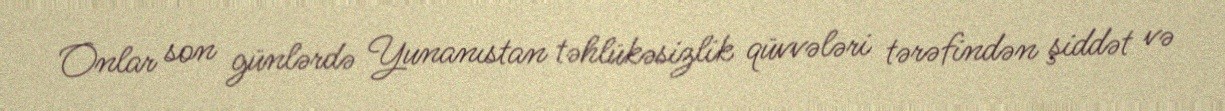
Onlar son günlərdə Yunanıstan təhlükəsizlik qüvvələri tərəfindən şiddət və